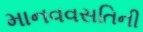
માનવવસતિની